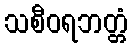
သစီဝရဘတ္တံ